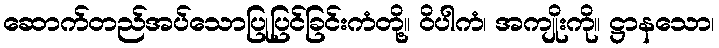
ဆောက်တည်အပ်သောပြုပြင်ခြင်းကံတို့။ ဝိပါကံ၊ အကျိုးကို။ ဋ္ဌာနသော၊